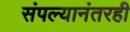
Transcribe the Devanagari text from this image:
संपल्यानंतरही